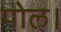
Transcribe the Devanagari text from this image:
पोल।